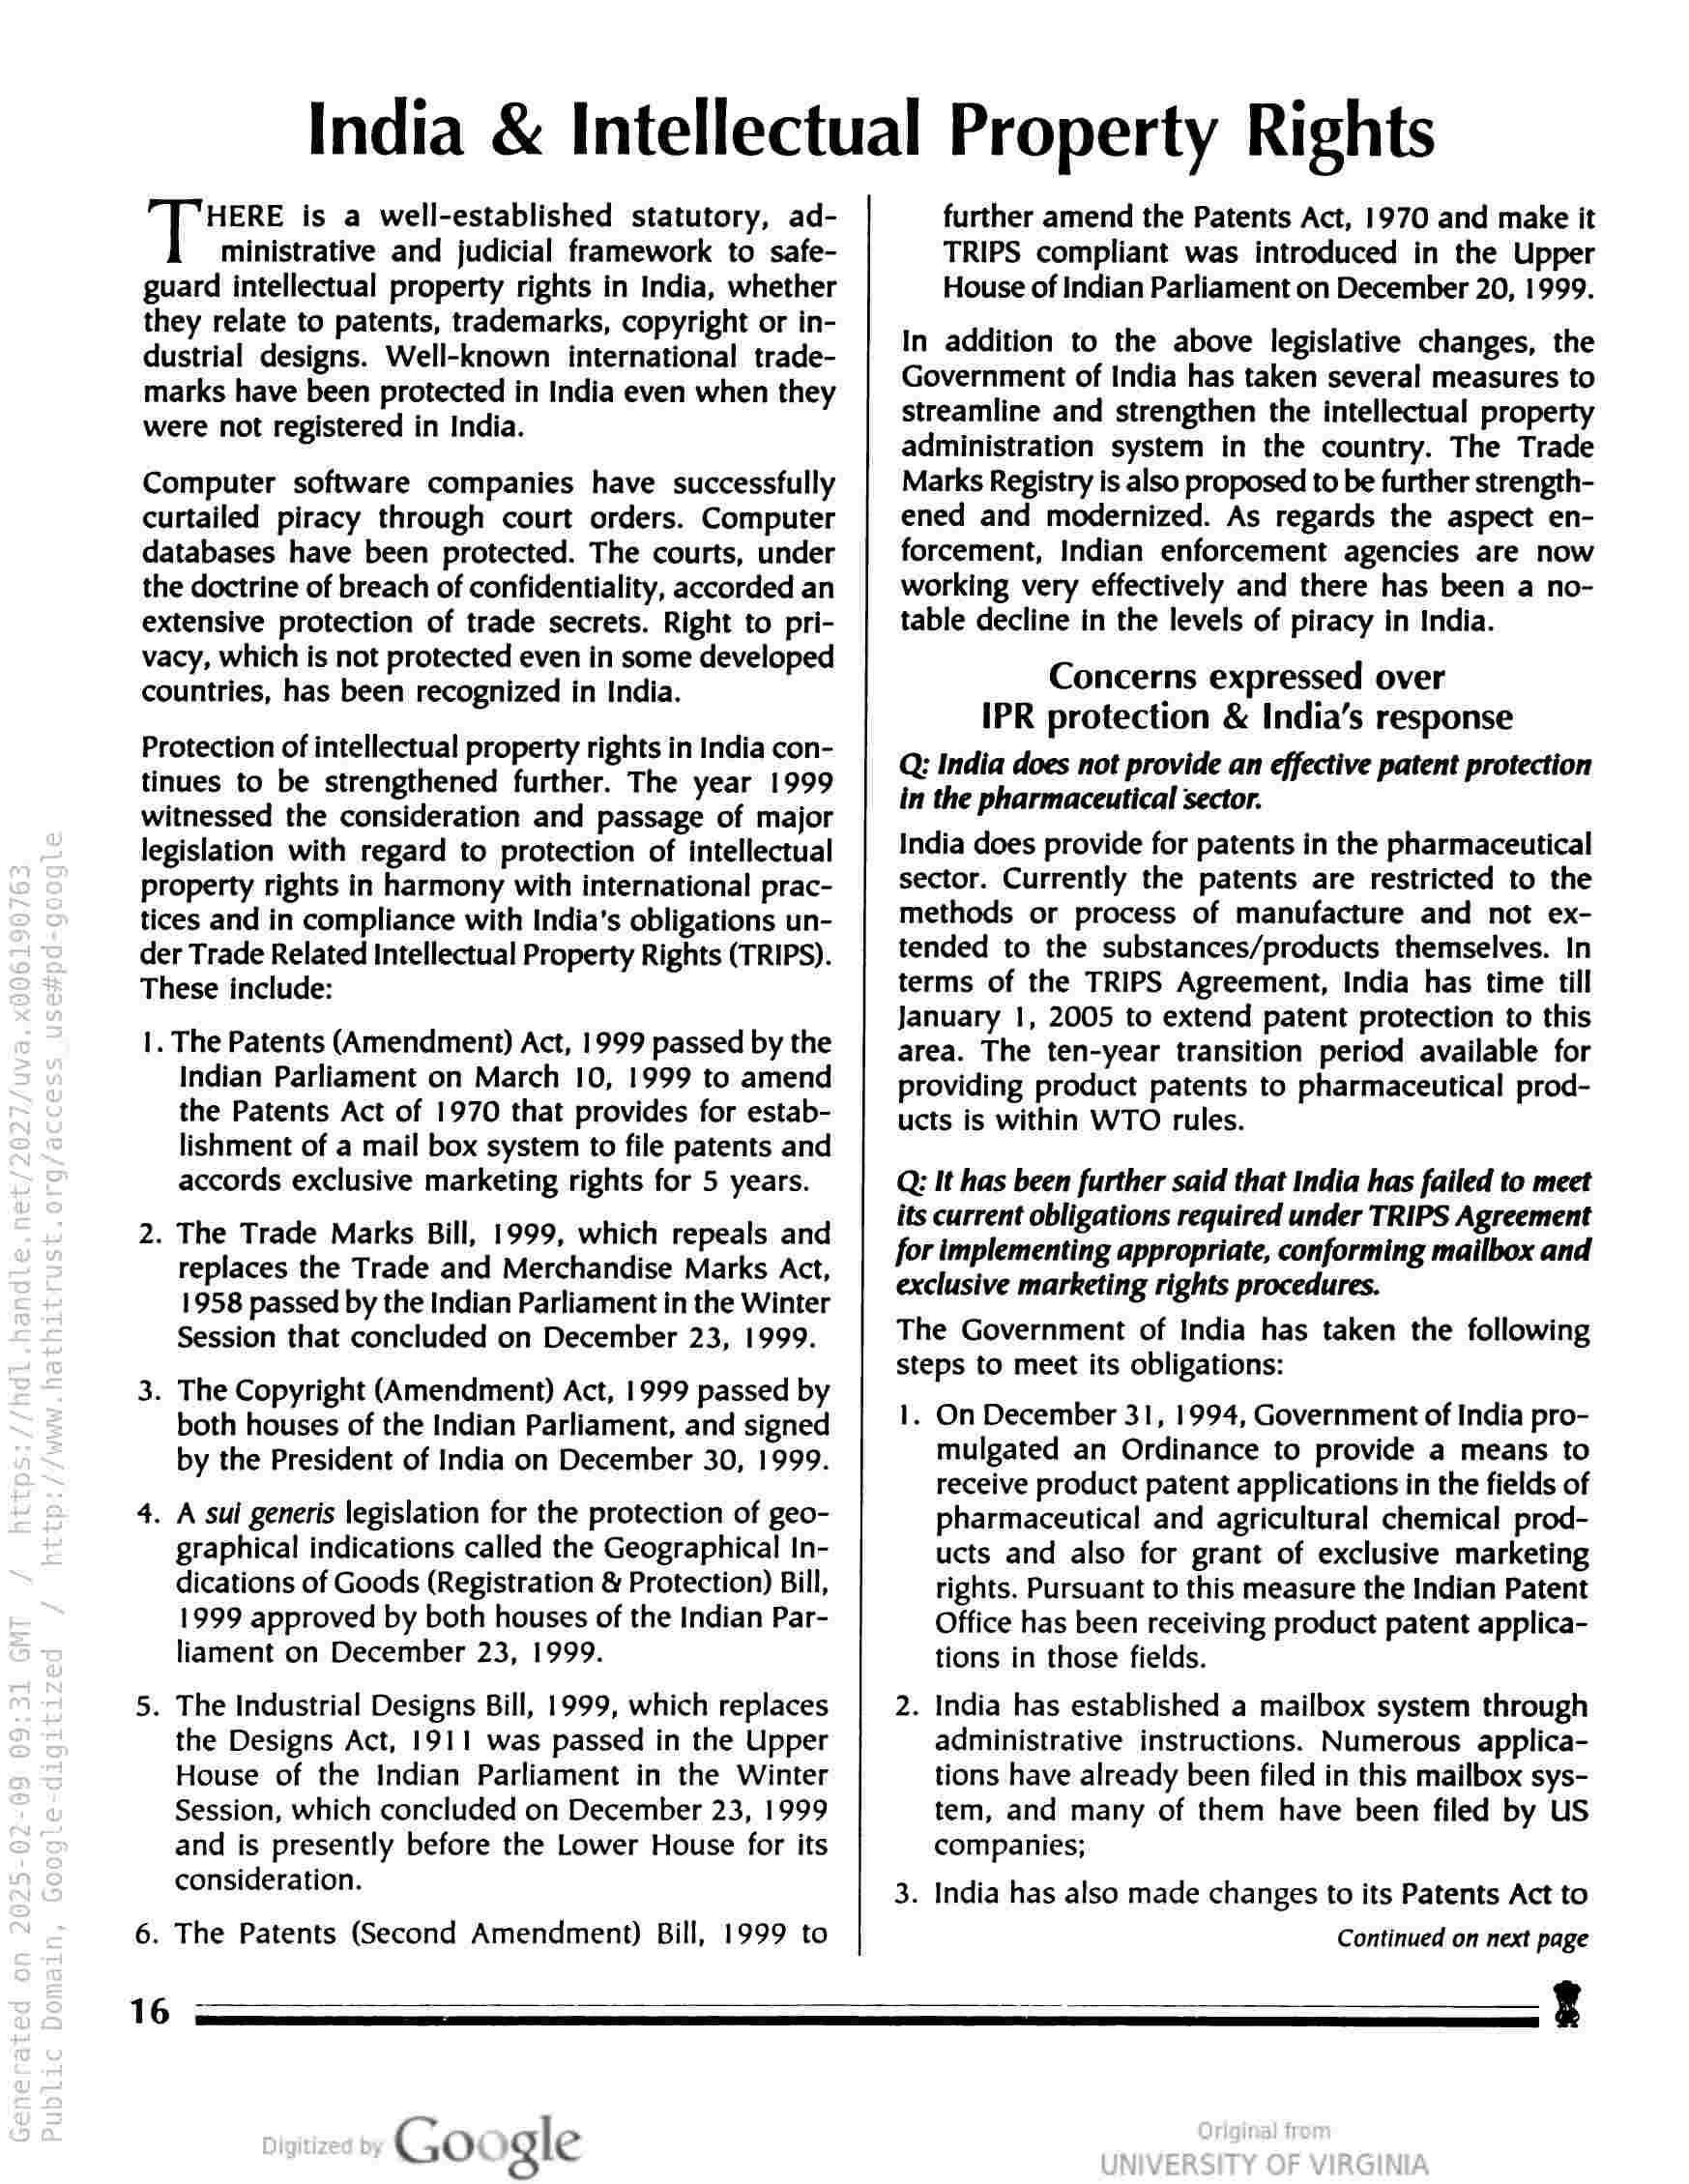
India & Intellectual Property Rights

HERE is a well-established statutory, ad-
ministrative and judicial framework to safe-
guard intellectual property rights in India, whether
they relate to patents, trademarks, copyright or in-
dustrial designs. Well-known international trade-
marks have been protected in India even when they
were not registered in India.

Computer software companies have successfully
curtailed piracy through court orders. Computer
databases have been protected. The courts, under
the doctrine of breach of confidentiality, accorded an
extensive protection of trade secrets. Right to pri-
vacy, which is not protected even in some developed
countries, has been recognized in India.

Protection of intellectual property rights in India con-
tinues to be strengthened further. The year 1999
witnessed the consideration and passage of major
legislation with regard to protection of intellectual
property rights in harmony with international prac-
tices and in compliance with India’s obligations un-
der Trade Related Intellectual Property Rights (TRIPS).
These include:

1. The Patents (Amendment) Act, 1999 passed by the
Indian Parliament on March 10, 1999 to amend
the Patents Act of 1970 that provides for estab-
lishment of a mail box system to file patents and
accords exclusive marketing rights for 5 years.

2. The Trade Marks Bill, 1999, which repeals and
replaces the Trade and Merchandise Marks Act,
1958 passed by the Indian Parliament in the Winter
Session that concluded on December 23, 1999.

3. The Copyright (Amendment) Act, 1999 passed by
both houses of the Indian Parliament, and signed
by the President of India on December 30, 1999.

4. A sui generis legislation for the protection of geo-
graphical indications called the Geographical In-
dications of Goods (Registration & Protection) Bill,
1999 approved by both houses of the Indian Par-
liament on December 23, 1999.

5. The Industrial Designs Bill, 1999, which replaces
the Designs Act, 1911 was passed in the Upper
House of the Indian Parliament in the Winter
Session, which concluded on December 23, 1999
and is presently before the Lower House for its
consideration.

6. The Patents (Second Amendment) Bill, 1999 to

further amend the Patents Act, 1970 and make it
TRIPS compliant was introduced in the Upper
House of Indian Parliament on December 20, 1999.

In addition to the above legislative changes, the
Government of India has taken several measures to
streamline and strengthen the intellectual property
administration system in the country. The Trade
Marks Registry is also proposed to be further strength-
ened and modernized. As regards the aspect en-
forcement, Indian enforcement agencies are now
working very effectively and there has been a no-
table decline in the levels of piracy in India.

Concerns expressed over
IPR protection & India’s response

Q: India does not provide an effective patent protection
in the pharmaceutical sector.

India does provide for patents in the pharmaceutical
sector. Currently the patents are restricted to the
methods or process of manufacture and not ex-
tended to the substances/products themselves. In
terms of the TRIPS Agreement, India has time till
January 1, 2005 to extend patent protection to this
area. The ten-year transition period available for
providing product patents to pharmaceutical prod-
ucts is within WTO rules.

Q It has been further said that India has failed to meet
its current obligations required under TRIPS Agreement
for implementing appropriate, conforming mailbox and
exclusive marketing rights procedures.

The Government of India has taken the following
steps to meet its obligations:

1. On December 31, 1994, Government of India pro-
mulgated an Ordinance to provide a means to
receive product patent applications in the fields of
pharmaceutical and agricultural chemical prod-
ucts and also for grant of exclusive marketing
tights. Pursuant to this measure the Indian Patent
Office has been receiving product patent applica-
tions in those fields.

2. India has established a mailbox system through
administrative instructions. Numerous applica-
tions have already been filed in this mailbox sys-
tem, and many of them have been filed by US
companies;

3. India has also made changes to its Patents Act to

Continued on next page

Google